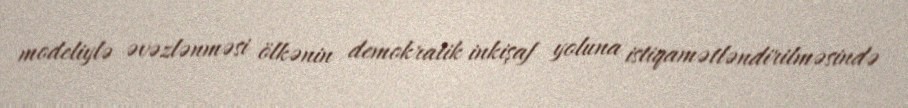
modeliylə əvəzlənməsi ölkənin demokratik inkişaf yoluna istiqamətləndirilməsində